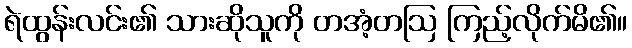
ရဲထွန်းလင်း၏ သားဆိုသူကို တအံ့တဩ ကြည့်လိုက်မိ၏။